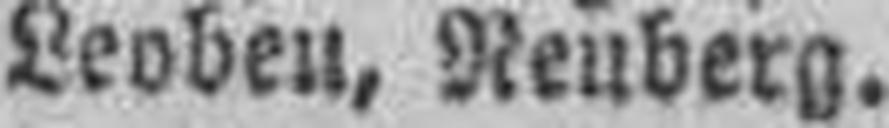
Leoben, Neuberg.